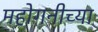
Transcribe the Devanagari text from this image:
महोगनीच्या